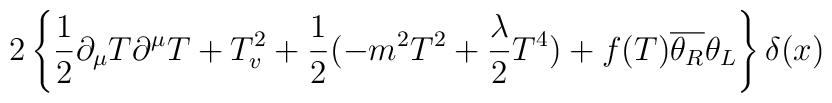
2\left\{\frac{1}{2}\partial_{\mu}T\partial^{\mu}T+T^2_v+\frac{1}{2}(-m^2T^2+\frac{\lambda}{2}T^4)+f(T)\overline{\theta_R}\theta_L\right \}\delta(x)